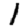
Digit: 1